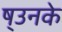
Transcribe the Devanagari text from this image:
ष्उनके